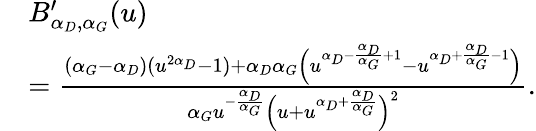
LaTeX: \begin{array}{rl}&{B_{\alpha_{D},\alpha_{G}}^{\prime}(u)}\\ &{=\frac{(\alpha_{G}-\alpha_{D})(u^{2\alpha_{D}}-1)+\alpha_{D}\alpha_{G}\Big(u^{\alpha_{D}-\frac{\alpha_{D}}{\alpha_{G}}+1}-u^{\alpha_{D}+\frac{\alpha_{D}}{\alpha_{G}}-1}\Big)}{\alpha_{G}u^{-\frac{\alpha_{D}}{\alpha_{G}}}\Big(u+u^{\alpha_{D}+\frac{\alpha_{D}}{\alpha_{G}}}\Big)^{2}}.}\end{array}